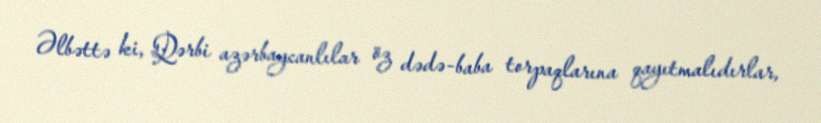
Əlbəttə ki, Qərbi azərbaycanlılar öz dədə-baba torpaqlarına qayıtmalıdırlar,